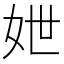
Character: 𡛶